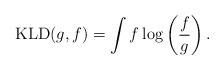
LaTeX: \begin{align*} {\rm KLD}(g,f)= \int f \log \left(\frac{f}{g}\right).\end{align*}